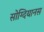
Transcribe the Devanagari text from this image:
सोग्दियानस